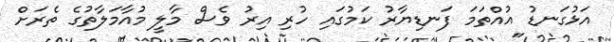
އަޅުގަނޑު އުއްތަމަ ފަނޑިޔާރު ކަމުގައި ހުރި އިރު ވެސް މާލީ މުއާމަލާތުގެ ތެރަށް